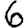
Digit: 6